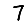
Digit: 7